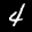
Label: 4